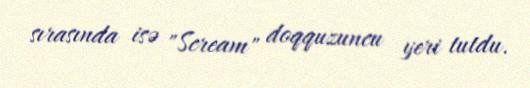
sırasında isə "Scream" doqquzuncu yeri tutdu.